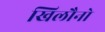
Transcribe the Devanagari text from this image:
खिलौनो